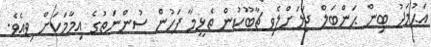
އަޙުމަދު ބިން ޙަންބަލް ޖަލަށްލެވި ޗާބޫކުން ތެޅީމާ ފަހުން ސުންނަތުގެ އިމާމަކަށް ވިއެވެ.